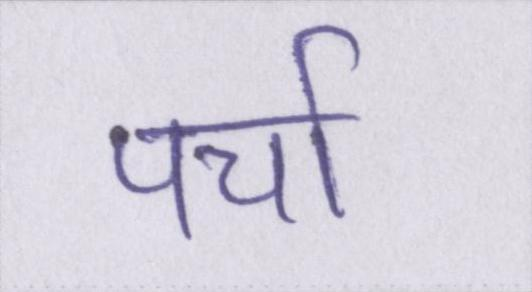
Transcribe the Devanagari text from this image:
पर्चा